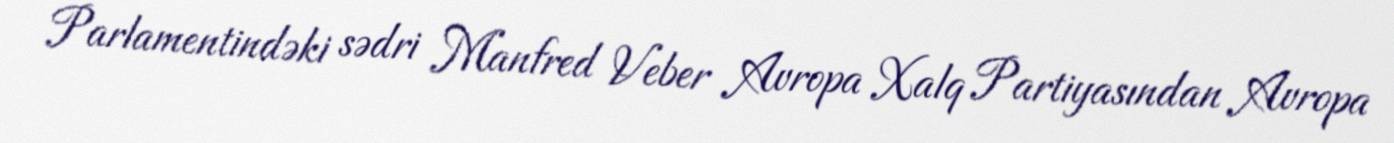
Parlamentindəki sədri Manfred Veber Avropa Xalq Partiyasından Avropa